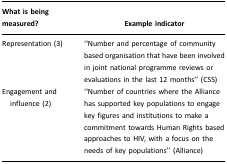
<table><thead><tr><td><b>What is being measured?</b></td><td><b>Example indicator</b></td></tr></thead><tbody><tr><td>Representation (3)</td><td>“Number and percentage of community based organisation that have been involved in joint national programme reviews or evaluations in the last 12 months” (CSS)</td></tr><tr><td>Engagement and influence (2)</td><td>“Number of countries where the Alliance has supported key populations to engage key figures and institutions to make a commitment towards Human Rights based approaches to HIV, with a focus on the needs of key populations” (Alliance)</td></tr></tbody></table>